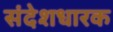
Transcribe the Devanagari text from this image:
संदेशधारक